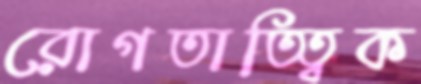
রোগতাত্ত্বিক